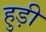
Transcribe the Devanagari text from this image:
हुड़ी